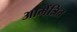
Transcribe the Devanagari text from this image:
आमेंत्रित